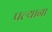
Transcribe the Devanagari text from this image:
पल्याना